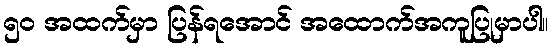
၅၀ အထက်မှာ ပြန်ရအောင် အထောက်အကူပြုမှာပါ။